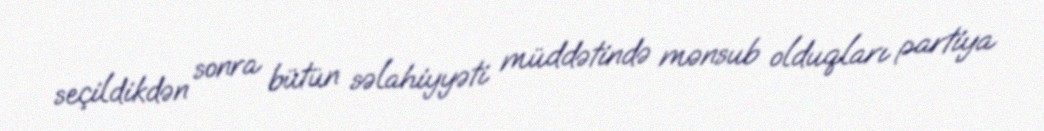
seçildikdən sonra bütün səlahiyyəti müddətində mənsub olduqları partiya